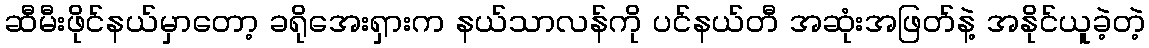
ဆီမီးဖိုင်နယ်မှာတော့ ခရိုအေးရှားက နယ်သာလန်ကို ပင်နယ်တီ အဆုံးအဖြတ်နဲ့ အနိုင်ယူခဲ့တဲ့